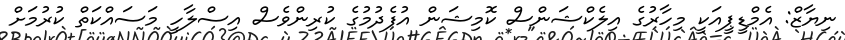
ނިޔާޒް: އެމްޑީޕީއަކީ މިހާރުގެ އިލެކްޝަންސް ކޮމިޝަން އުފެދުމުގެ ކުރިންވެސް އިސްލާހީ މަސައްކަތް ކުރުމަށް